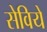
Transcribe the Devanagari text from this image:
सेविये